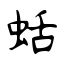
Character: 蛞